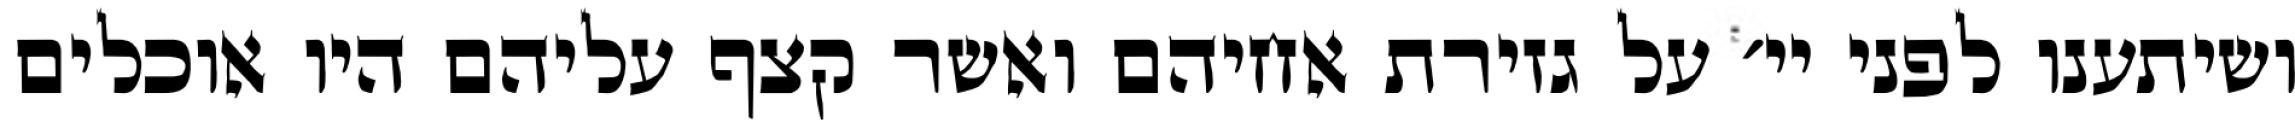
ושיתענו לפני יי׳ על גזירת אחיהם ואשר קצף עליהם היו אוכלים